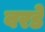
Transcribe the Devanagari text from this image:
बरडे